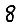
Digit: 8